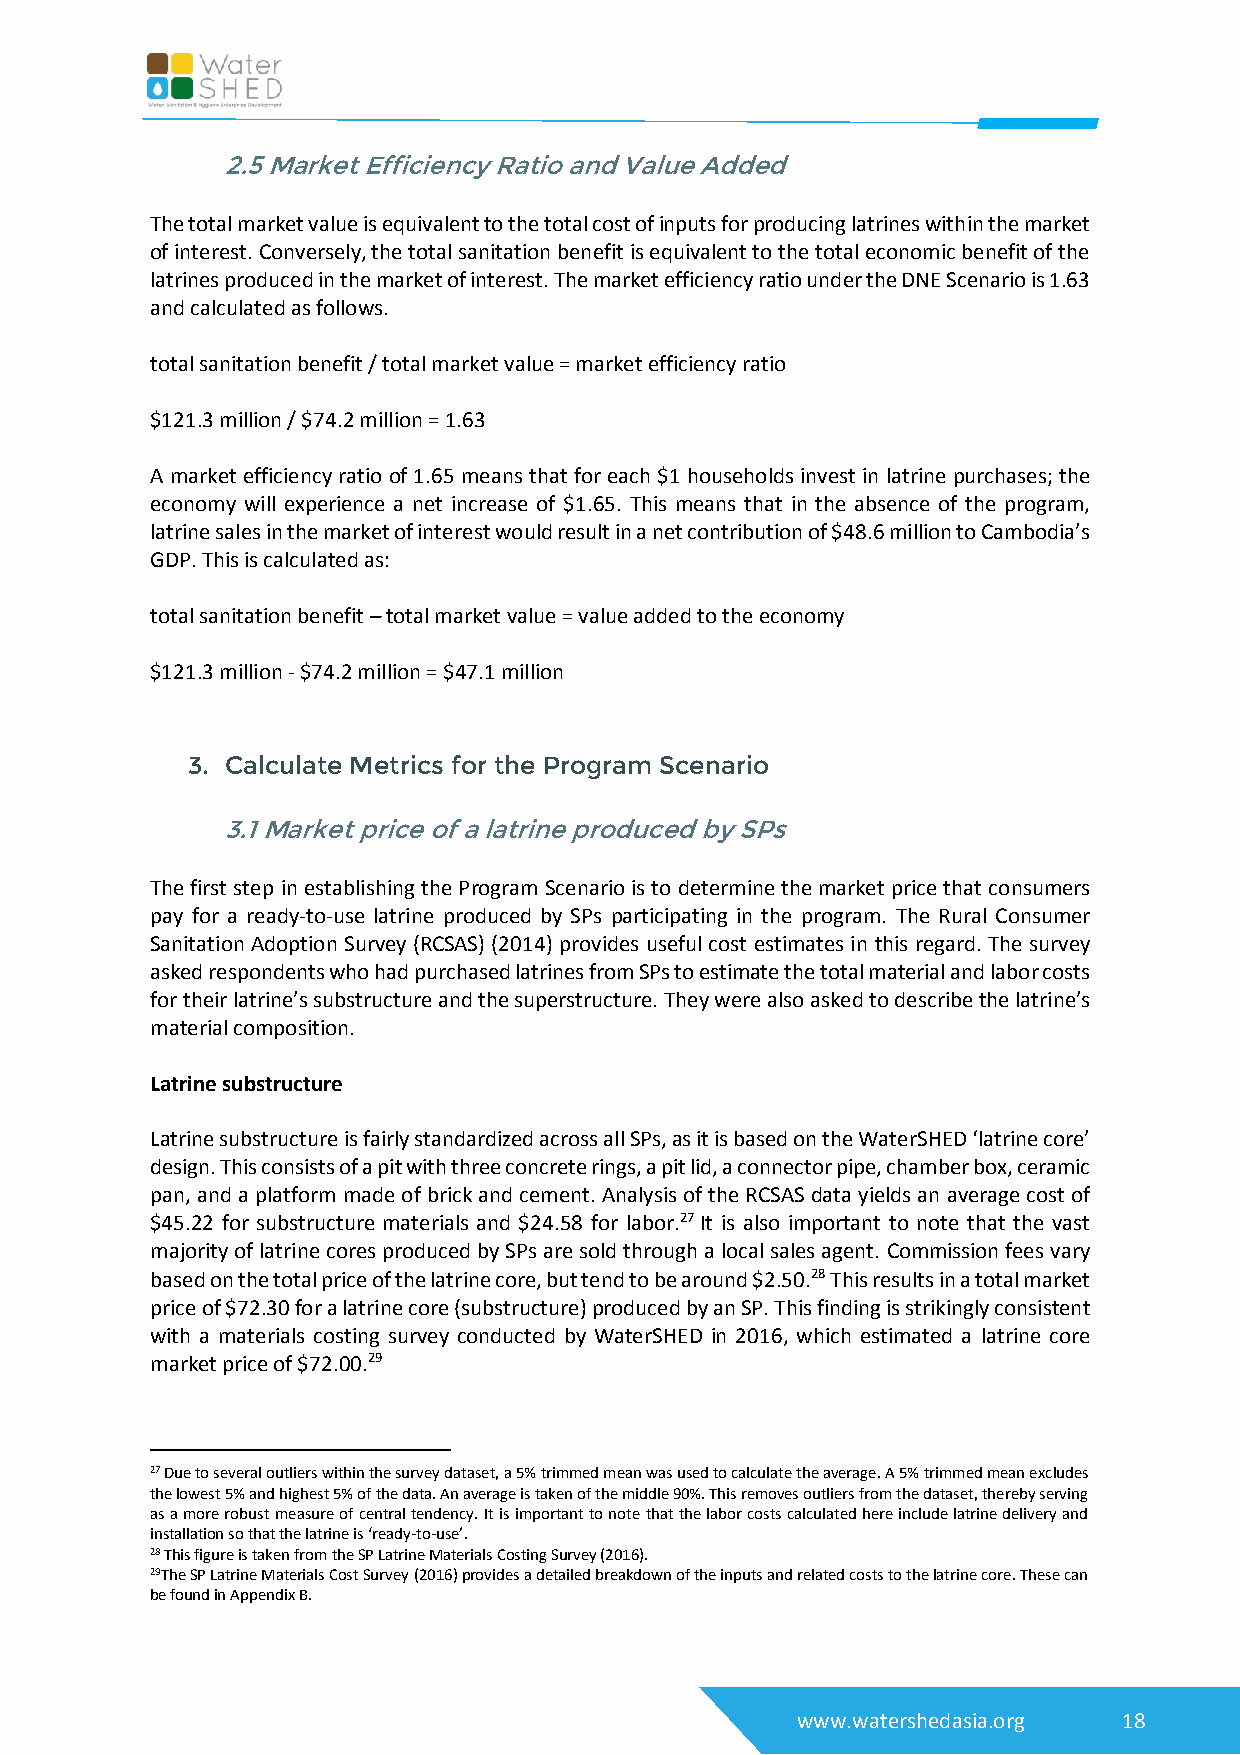
2.5 Market Efficiency Ratio and Value Added
 The total market value is equivalent to the total cost of inputs for producing latrines within the market
 of interest. Conversely, the total sanitation benefit is equivalent to the total economic benefit of the
 latrines produced in the market of interest. The market efficiency ratio under the DNE Scenario is 1.63
 and calculated as follows.
 total sanitation benefit / total market value = market efficiency ratio
 $121.3 million / $74.2 million = 1.63
 A market efficiency ratio of 1.65 means that for each $1 households invest in latrine purchases; the
 economy will experience a net increase of $1.65. This means that in the absence of the program,
 latrine sales in the market of interest would result in a net contribution of $48.6 million to Cambodia’s
 GDP. This is calculated as:
 total sanitation benefit – total market value = value added to the economy
 $121.3 million - $74.2 million = $47.1 million
 3. Calculate Metrics for the Program Scenario
 3.1 Market price of a latrine produced by SPs
 The first step in establishing the Program Scenario is to determine the market price that consumers
 pay for a ready-to-use latrine produced by SPs participating in the program. The Rural Consumer
 Sanitation Adoption Survey (RCSAS) (2014) provides useful cost estimates in this regard. The survey
 asked respondents who had purchased latrines from SPs to estimate the total material and labor costs
 for their latrine’s substructure and the superstructure. They were also asked to describe the latrine’s
 material composition.
 Latrine substructure
 Latrine substructure is fairly standardized across all SPs, as it is based on the WaterSHED ‘latrine core’
 design. This consists of a pit with three concrete rings, a pit lid, a connector pipe, chamber box, ceramic
 pan, and a platform made of brick and cement. Analysis of the RCSAS data yields an average cost of
 $45.22 for substructure materials and $24.58 for labor.27 It is also important to note that the vast
 majority of latrine cores produced by SPs are sold through a local sales agent. Commission fees vary
 based on the total price of the latrine core, but tend to be around $2.50.28 This results in a total market
 price of $72.30 for a latrine core (substructure) produced by an SP. This finding is strikingly consistent
 with a materials costing survey conducted by WaterSHED in 2016, which estimated a latrine core
 market price of $72.00.29
 27 Due to several outliers within the survey dataset, a 5% trimmed mean was used to calculate the average. A 5% trimmed mean excludes
 the lowest 5% and highest 5% of the data. An average is taken of the middle 90%. This removes outliers from the dataset, thereby serving
 as a more robust measure of central tendency. It is important to note that the labor costs calculated here include latrine delivery and
 installation so that the latrine is ‘ready-to-use’.
 28 This figure is taken from the SP Latrine Materials Costing Survey (2016).
 29The SP Latrine Materials Cost Survey (2016) provides a detailed breakdown of the inputs and related costs to the latrine core. These can
 be found in Appendix B.
 www.watershedasia.org 18